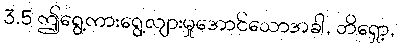
3.5 ဤရွေ့ကားရွေ့လျားမှုအောင်သောအခါ, ဘိရှော့,